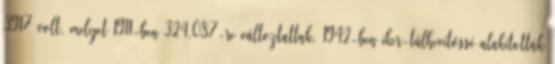
3917 volt, melyet 1911-ben 324,087-re változtattak. 1942-ben iker-túlhevítőssé alakították